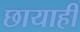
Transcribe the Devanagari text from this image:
छायाही